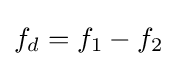
f_{d}=f_{1}-f_{2}